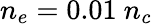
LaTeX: n_{e}=0.01~n_{c}